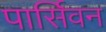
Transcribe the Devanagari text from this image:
पार्सिवन